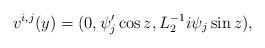
LaTeX: \begin{align*} v^{i,j}(y)=(0, \psi'_{j}\cos z, L^{-1}_2 i \psi_{j}\sin z),\end{align*}